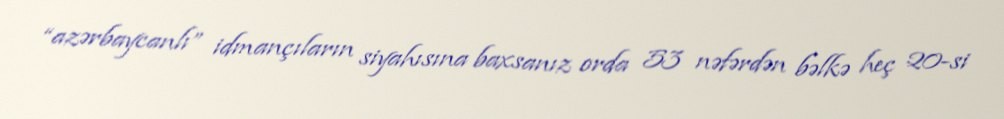
“azərbaycanlı” idmançıların siyahısına baxsanız orda 53 nəfərdən bəlkə heç 20-si